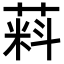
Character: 𬝮